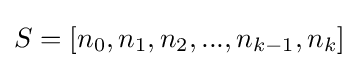
S=[n_{0},n_{1},n_{2},...,n_{k-1},n_{k}]